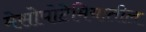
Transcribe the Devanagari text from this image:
मेसोपोटेमियातील